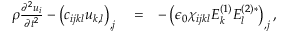
\begin{array} { r l r } { \rho \frac { \partial ^ { 2 } u _ { i } } { \partial t ^ { 2 } } - \left( c _ { i j k l } u _ { k , l } \right) _ { , j } } & { { } = } & { - \left( \epsilon _ { 0 } \chi _ { i j k l } E _ { k } ^ { ( 1 ) } E _ { l } ^ { ( 2 ) * } \right) _ { , j } , } \end{array}